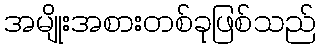
အမျိုးအစားတစ်ခုဖြစ်သည်